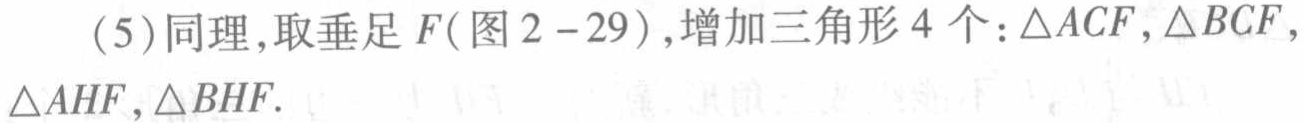
(5)同理，取垂足\(F\)(图2 - 29)，增加三角形4个：\(\triangle ACF,\triangle BCF,\triangle AHF,\triangle BHF\).